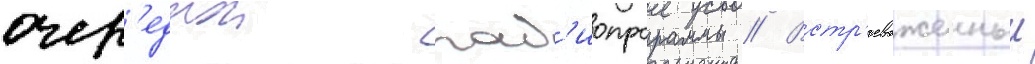
очер'еднои рад'иопрограммы // Встр'евоженныи